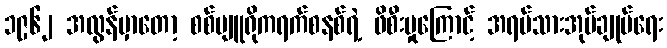
၁၉၆၂ အလွန်မှာတော့ စစ်ဗျူရိုကရက်စနစ်ရဲ့ ဖိစီးမှုကြောင့် အရပ်သားအုပ်ချုပ်ရေး